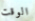
الوقت